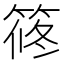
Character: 𥮴